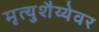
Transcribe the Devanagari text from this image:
मृत्युशैय्येवर